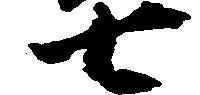
七